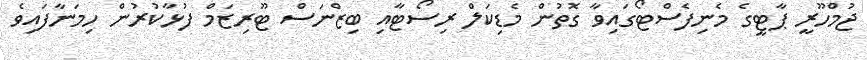
ޖުމްހޫރީ ޕާޓީގެ މެނިފެސްޓޯގައިވާ ގޮތުން މެޑިކަލް ރިސޯޓާއި ބިޒްނަސް ޓޫރިޒަމް ފުޅާކުރުން ހިމަނާފައިވެ